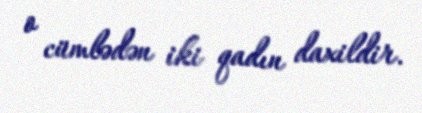
o cümlədən iki qadın daxildir.